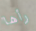
رأها